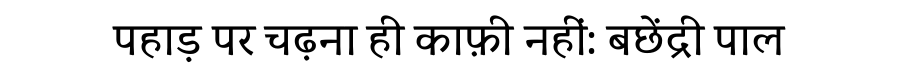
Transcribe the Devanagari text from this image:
पहाड़ पर चढ़ना ही काफ़ी नहीं: बछेंद्री पाल